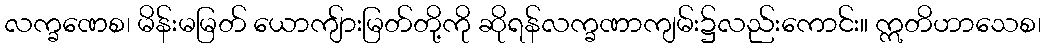
လက္ခဏေစ၊ မိန်းမမြတ် ယောကျ်ားမြတ်တို့ကို ဆိုရန်လက္ခဏာကျမ်း၌လည်းကောင်း။ ဣတိဟာသေစ၊